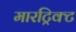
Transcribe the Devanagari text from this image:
मारट्रिक्ट